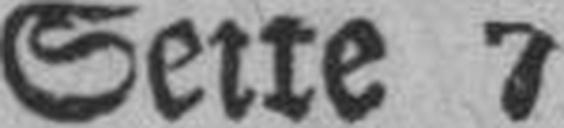
Seite 7